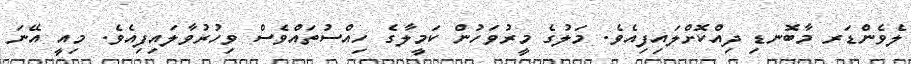
ލެވެންޑަރ މާބޮނޑި ދިއްކޮށްލައިފިއެވެ. މަލުގެ މީރުވަހުން ކަމީލާގެ ހިއްސުތައްވެސް ވިހުރުވާލައިފިއެވެ. މިއީ އޭނަ